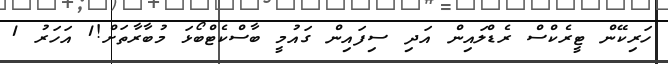
ހަރިކޭން ޓީރެކްސް ރެޑްލައިން އަދި ސިފައިން ގައުމީ ބާސްކެޓްބޯޅަ މުބާރާތަށް!1 އަހަރު 1